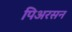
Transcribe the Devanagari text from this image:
पिअरसन